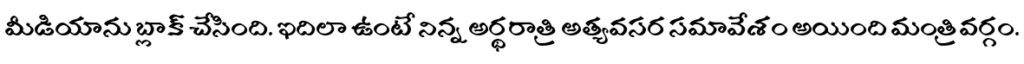
మీడియాను బ్లాక్ చేసింది. ఇదిలా ఉంటే నిన్న అర్థరాత్రి అత్యవసర సమావేశం అయింది మంత్రివర్గం.